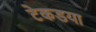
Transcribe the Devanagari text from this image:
टेकडया